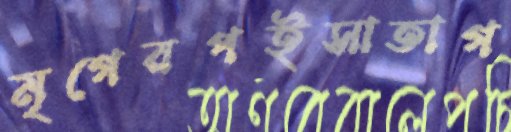
মৃগেরপইসাতাগ